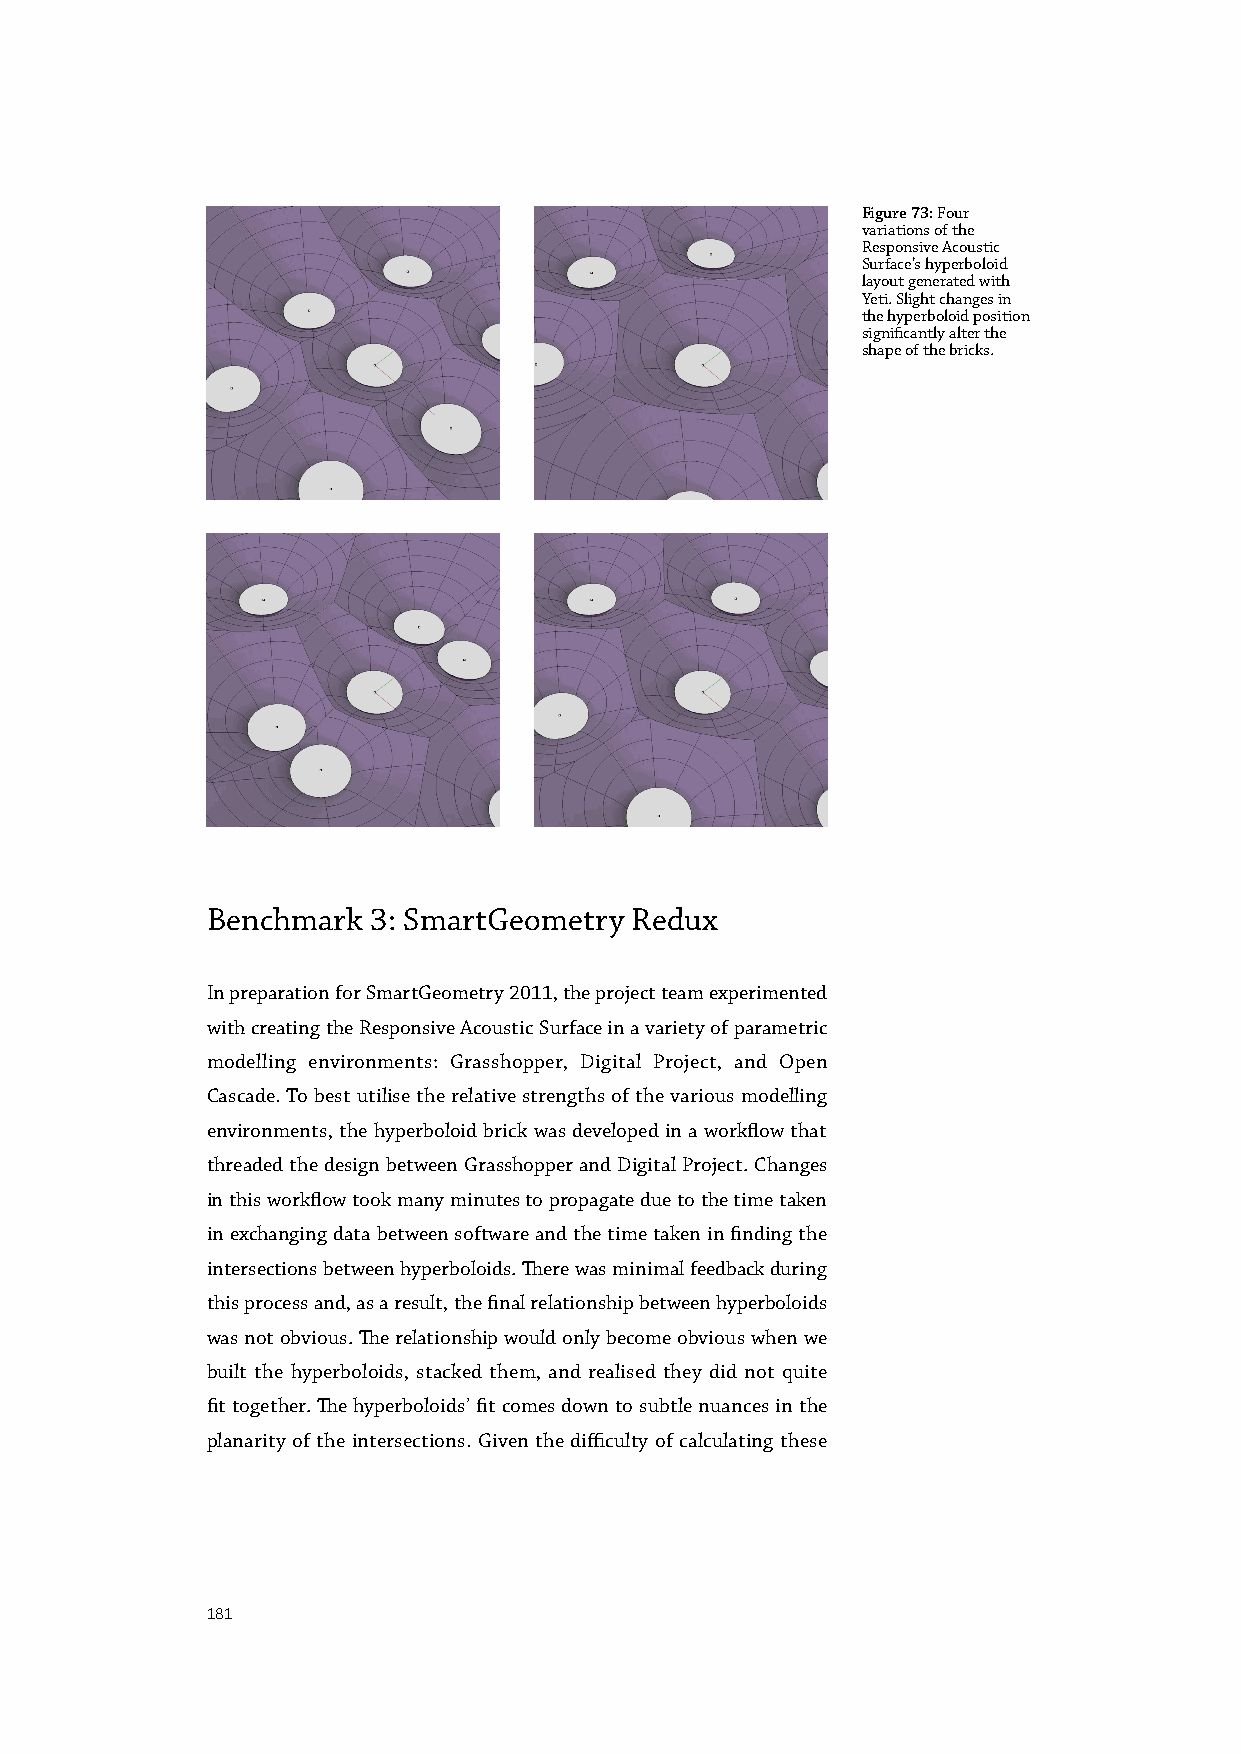
Figure 73: Four
 variations of the
 Responsive Acoustic
 Surface’s hyperboloid
 layout generated with
 Yeti. Slight changes in
 the hyperboloid position
 significantly alter the
 shape of the bricks.
 Benchmark 3: SmartGeometry  Redux
 In preparation for SmartGeometry 2011, the project team experimented
 with creating the Responsive Acoustic Surface in a variety of parametric
 modelling environments: Grasshopper, Digital Project, and Open
 Cascade. To best utilise the relative strengths of the various modelling
 environments, the hyperboloid brick was developed in a workflow that
 threaded the design between Grasshopper and Digital Project. Changes
 in this workflow took many minutes to propagate due to the time taken
 in exchanging data between software and the time taken in finding the
 intersections between hyperboloids. There was minimal feedback during
 this process and, as a result, the final relationship between hyperboloids
 was not obvious. The relationship would only become obvious when we
 built the hyperboloids, stacked them, and realised they did not quite
 fit together. The hyperboloids’ fit comes down to subtle nuances in the
 planarity of the intersections. Given the difficulty of calculating these
 181